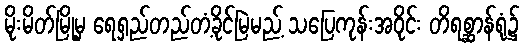
မိုးမိတ်မြို့မှ ရေရှည်တည်တံ့ခိုင်မြဲမည့် သပြေကုန်းအဝိုင်း တိရစ္ဆာန်ရုံ၌